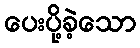
ပေးပို့ခဲ့သော